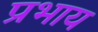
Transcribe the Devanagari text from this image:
प्रभाय